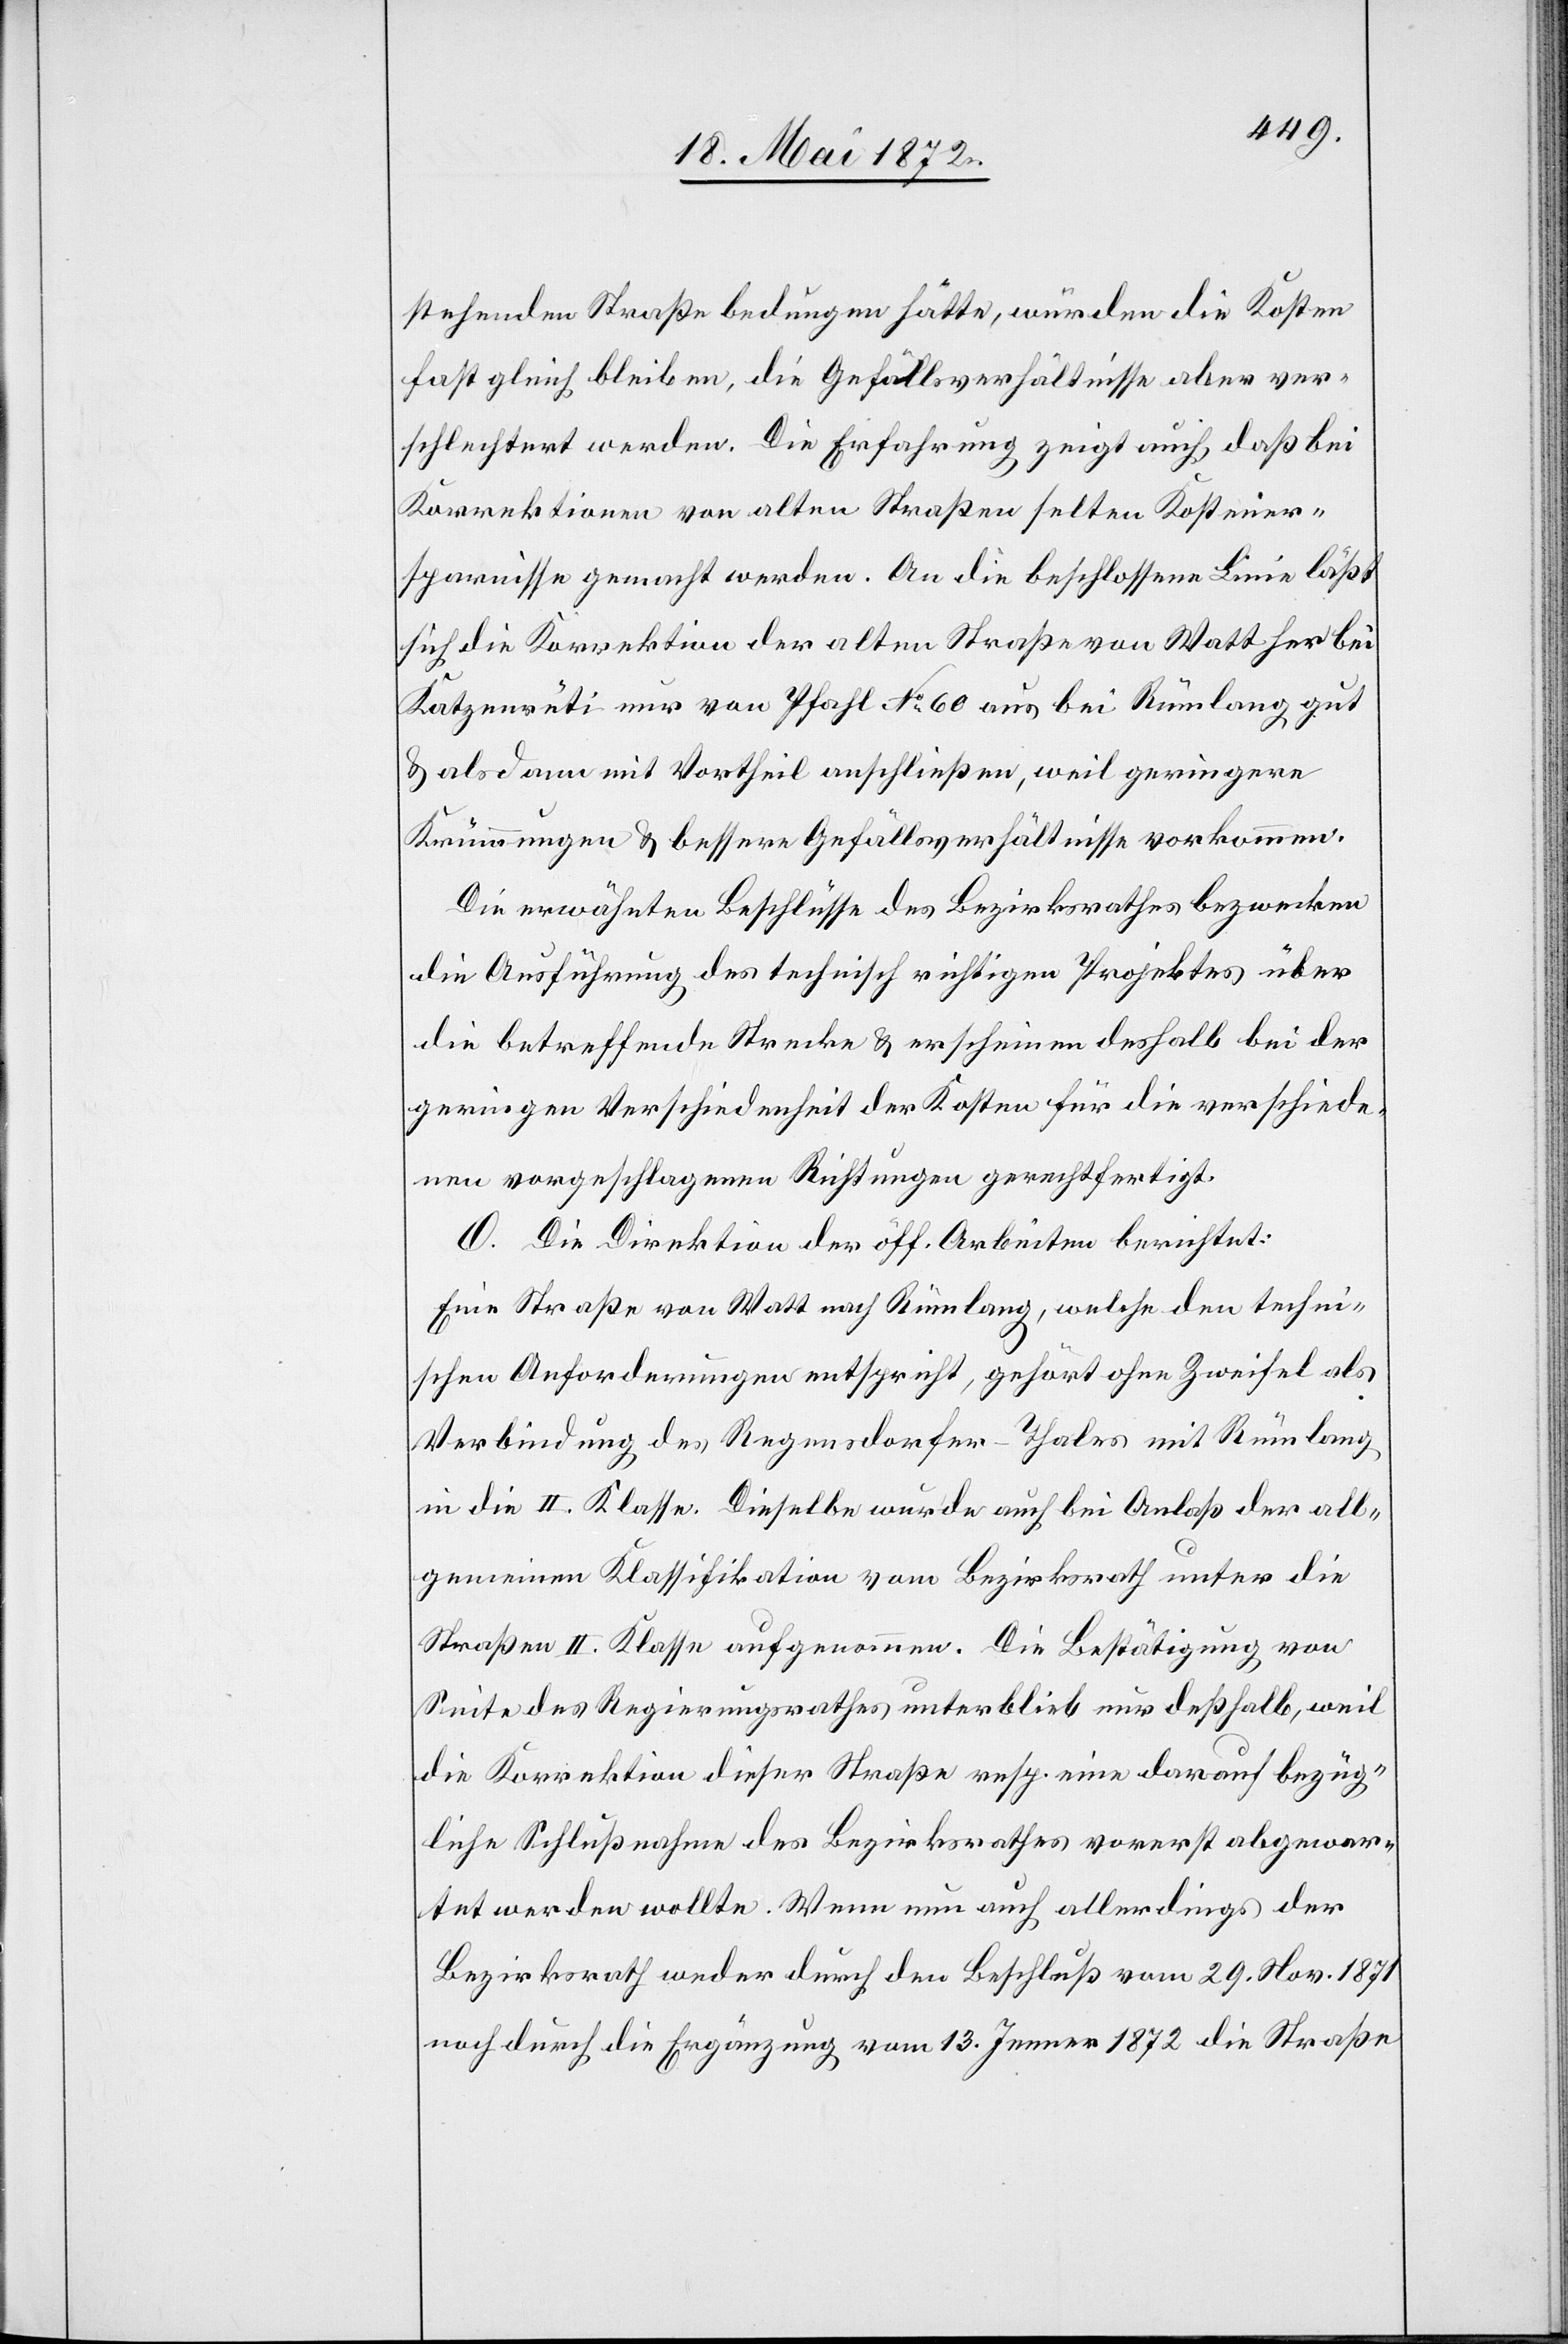
stehenden Straße bedungen hätte, würden die Kosten
fast gleich bleiben, die Gefällsverhältnisse aber ver¬
schlechtert werden. Die Erfahrung zeigt auch, daß bei
Korrektionen von alten Straßen selten Kostener¬
sparnisse gemacht werden. An die beschlossene Linie läßt
sich die Korrektion der alten Straße von Watt her bei
Katzenrüti nur von Pfahl No 60 aus bei Rümlang gut
u. als dann mit Vortheil anschließen, weil geringere
Krümmungen u. bessere Gefällsverhältnisse vorkommen:
Die erwähnten Beschlüsse des Bezirksrathes bezwecken
die Ausführung des technischen richtigen Projektes über
die betreffende Strecke u. erscheinen deshalb bei der
geringen Verschiedenheit der Kosten für die verschiede¬
nen vorgeschlagenen Richtungen gerechtfertigt.
O. Die Direktion der öff. Arbeiten berichtet:
Eine Straße von Watt nach Rümlang, welche den techni¬
schen Anforderungen entspricht, gehört ohne Zweifel als
Verbindung des Regensdorfer-Thales mit Rümlang
in die II. Klasse. Dieselbe wurde auch bei Anlaß der all¬
gemeinen Klassifikation vom Bezirksrath unter die
Straßen II. Klasse aufgenommen. Die Bestätigung von
Seite des Regierungsrathes unterblieb nur deßhalb, weil
die Korrektion dieser Straße resp. eine darauf bezüg¬
liche Schlußnahme des Bezirksrathes vorerst abgewar¬
tet werden wollte. Wenn nun auch allerdings der
Bezirksrath weder durch den Beschluß vom 29. Nov. 1871
noch durch die Ergänzung vom 13. Jenner 1872 die Straße